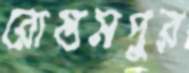
রোস্তমপুর